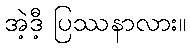
အဲ့ဒီ့ ပြဿနာလား။